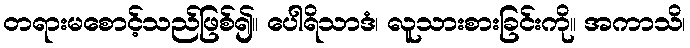
တရားမစောင့်သည်ဖြစ်၍။ ပေါရိသာဒံ၊ လူသားစားခြင်းကို။ အကာသိ၊